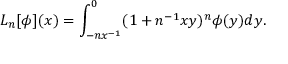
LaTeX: L _ { n } [ \phi ] ( x ) = \int _ { - n x ^ { - 1 } } ^ { 0 } ( 1 + n ^ { - 1 } x y ) ^ { n } \phi ( y ) d y .